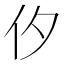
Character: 㐴